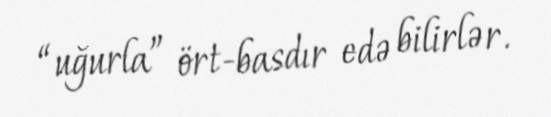
“uğurla” ört-basdır edə bilirlər.